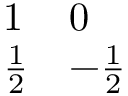
\begin{array} { l l } { { 1 } } & { { 0 } } \\ { { { \frac { 1 } { 2 } } } } & { { - { \frac { 1 } { 2 } } } } \end{array}